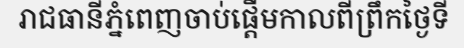
រាជធានីភ្នំពេញចាប់ផ្តើមកាលពីព្រឹកថ្ងៃទី